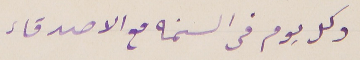
وكل يوم فى السنمه مع الاصدقاء